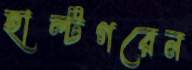
হাল্টগরেন